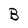
Character: B